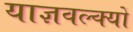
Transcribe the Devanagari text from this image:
याज्ञवल्क्यों